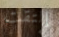
إلتقت